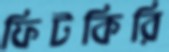
ফিটকিরি